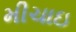
મીચાઇ